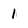
Character: 1